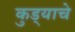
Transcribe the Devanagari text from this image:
कुड्याचे